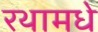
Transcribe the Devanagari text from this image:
रथामधे